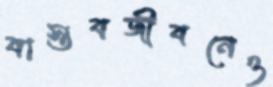
বাস্তবজীবনেও